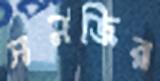
সনজির